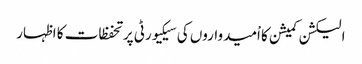
الیکشن کمیشن کا اْمیدواروں کی سیکیورٹی پر تحفظات کا اظہار